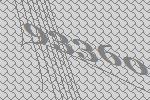
93360